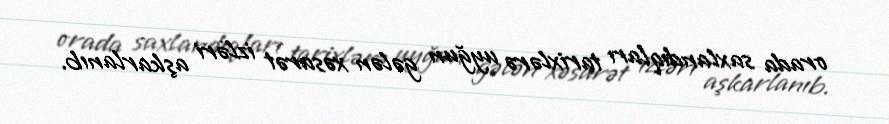
orada saxlandıqları tarixlərə uyğun gələn xəsarət izləri aşkarlanıb.